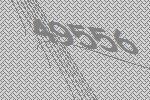
49556